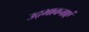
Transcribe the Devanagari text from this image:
उद्भावनाएं